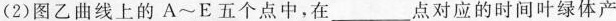
(2)图乙曲线上的A \sim E五个点中，在___点对应的时间叶绿体产